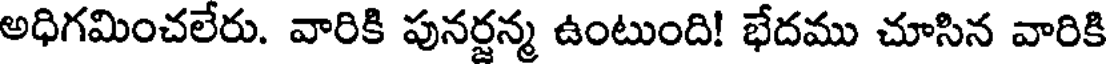
అధిగమించలేరు. వారికి పునర్జన్మ ఉంటుంది! భేదము చూసిన వారికి